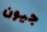
جيون